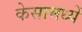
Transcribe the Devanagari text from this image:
केसामध्यें